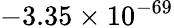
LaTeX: -3.35\times 10^{-69}